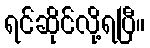
ရင်ဆိုင်လို့ရပြီ။